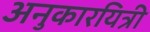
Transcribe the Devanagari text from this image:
अनुकारयित्री